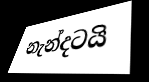
නැන්දටයි